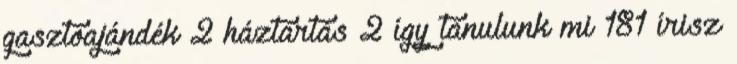
gasztoajándék 2 háztartás 2 így tanulunk mi 181 írisz